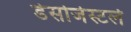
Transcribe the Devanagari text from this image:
डेसोजेस्टर्ल